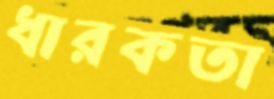
ধারকতা